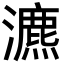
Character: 瀌